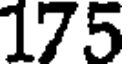
175